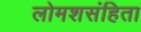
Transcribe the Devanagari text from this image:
लोमशसंहिता